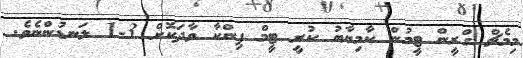
މިމެޗް ގްރީން ޓީމުން ކާމިޔާބު ކުރީ ޓީމް ޕިންކާ ވާދަކޮށް 3-1 ލަނޑުންނެވެ.